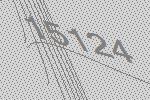
15124